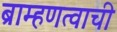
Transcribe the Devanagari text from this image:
ब्राम्हणत्वाची